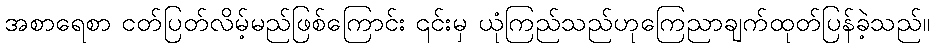
အစာရေစာ ငတ်ပြတ်လိမ့်မည်ဖြစ်ကြောင်း ၎င်းမှ ယုံကြည်သည်ဟုကြေညာချက်ထုတ်ပြန်ခဲ့သည်။